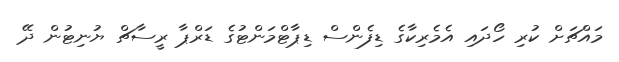
މައްޗަށް ކުރި ހޯދައި އެމެރިކާގެ ޑިފެންސް ޑިޕާޓްމަންޓުގެ ޑަރްޕާ ރީސާޗް ޔުނިޓުން ދޭ